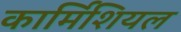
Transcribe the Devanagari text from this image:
कार्मिशियल